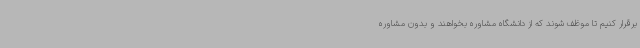
برقرار کنیم تا موظف شوند که از دانشگاه مشاوره بخواهند و بدون مشاوره